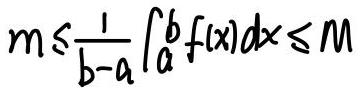
\[
m \leq \frac{1}{b - a} \int_{a}^{b} f(x) dx \leq M
\]